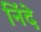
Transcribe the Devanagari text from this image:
निंदे